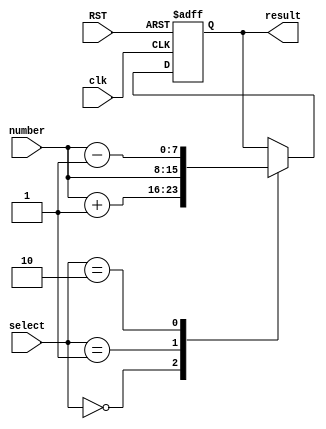
/***********************************************
Module Name:   case_no_full
Feature:       Show the RTL with not_full_case
Coder:         Garfield
Organization:  XXXX Group, Department of Architecture
------------------------------------------------------
Input ports:   Number, 8 bits, operent
               Select, 2 bits, select_flag
					clk, clock
					RST, reset
Output Ports:  Result, 8 bits, 
               when select = 2'b00: set as the input add 1
					when select = 2'b01: set as the input
					when select = 2'b10: set as input subtract 1
					else kept
------------------------------------------------------
History:
12-11-2015: First Version by Garfield
12-11-2015: First verified by Reversed_Bits_test
***********************************************/

module case_no_full
  ( 
    input[7:0] number,
	 input[1:0] select,
	 input clk,
	 input RST,
    output reg[7:0] result 
  );
  
//Load other module(s)

//Definition for Variables in the module

//Logical
always @(posedge clk or negedge RST)
begin
    if (!RST)
	 begin
	     result <= 8'b0000_0000;
	 end
	 else
	 begin
	     case (select)
	        2'b00: 
		      begin
		          result <= number + 8'b0000_0001;
		      end
		      2'b01:
		      begin
		          result <= number;
		      end
				  2'b10:
		      begin
		          result <= number - 8'b0000_0001;
		      end
        endcase
	 end
end	 
endmodule